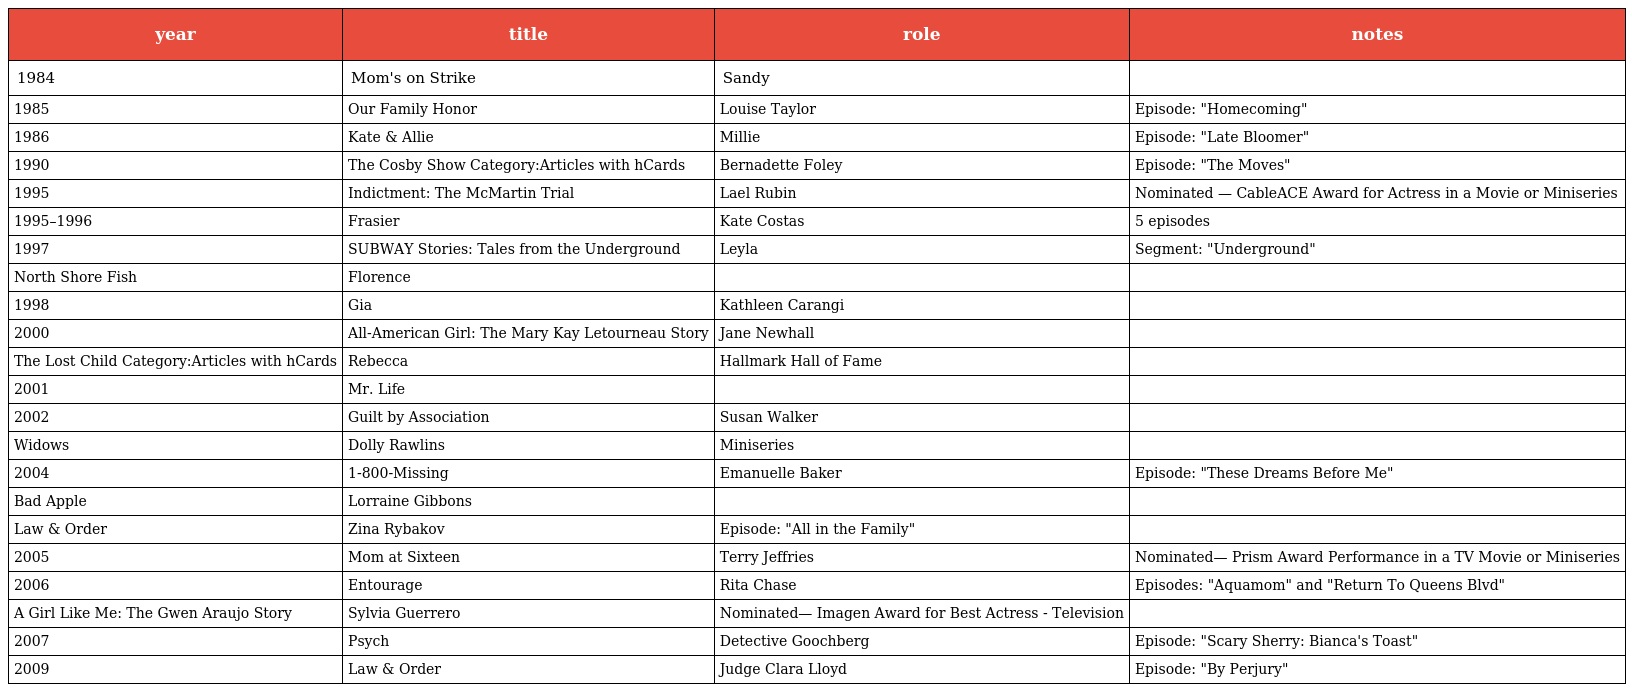
| year | title | role | notes |
 | --- | --- | --- | --- |
 | 1984 | Mom's on Strike | Sandy |  |
 | 1985 | Our Family Honor | Louise Taylor | Episode: "Homecoming" |
 | 1986 | Kate & Allie | Millie | Episode: "Late Bloomer" |
 | 1990 | The Cosby Show Category:Articles with hCards | Bernadette Foley | Episode: "The Moves" |
 | 1995 | Indictment: The McMartin Trial | Lael Rubin | Nominated — CableACE Award for Actress in a Movie or Miniseries |
 | 1995–1996 | Frasier | Kate Costas | 5 episodes |
 | 1997 | SUBWAY Stories: Tales from the Underground | Leyla | Segment: "Underground" |
 | North Shore Fish | Florence |  |  |
 | 1998 | Gia | Kathleen Carangi |  |
 | 2000 | All-American Girl: The Mary Kay Letourneau Story | Jane Newhall |  |
 | The Lost Child Category:Articles with hCards | Rebecca | Hallmark Hall of Fame |  |
 | 2001 | Mr. Life |  |  |
 | 2002 | Guilt by Association | Susan Walker |  |
 | Widows | Dolly Rawlins | Miniseries |  |
 | 2004 | 1-800-Missing | Emanuelle Baker | Episode: "These Dreams Before Me" |
 | Bad Apple | Lorraine Gibbons |  |  |
 | Law & Order | Zina Rybakov | Episode: "All in the Family" |  |
 | 2005 | Mom at Sixteen | Terry Jeffries | Nominated— Prism Award Performance in a TV Movie or Miniseries |
 | 2006 | Entourage | Rita Chase | Episodes: "Aquamom" and "Return To Queens Blvd" |
 | A Girl Like Me: The Gwen Araujo Story | Sylvia Guerrero | Nominated— Imagen Award for Best Actress - Television |  |
 | 2007 | Psych | Detective Goochberg | Episode: "Scary Sherry: Bianca's Toast" |
 | 2009 | Law & Order | Judge Clara Lloyd | Episode: "By Perjury" |